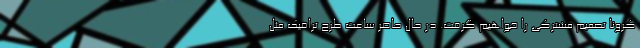
کرونا تصمیم مشترکی را خواهیم گرفت. در حال حاضر ساعت طرح ترافیک مثل